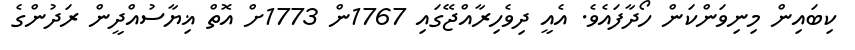
ކިބައިން މިނިވަންކަން ހޯދާފައެވެ. އެއީ ދިވެހިރާއްޖޭގައި 1767ން 1773ށް އޮތް ޣިޔާސުއްދީން ރަދުންގެ